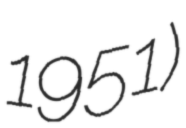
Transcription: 1951)